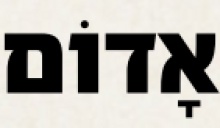
אָדוֹם